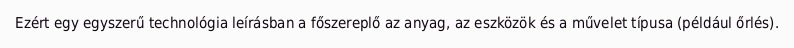
Ezért egy egyszerű technológia leírásban a főszereplő az anyag, az eszközök és a művelet típusa (például őrlés).